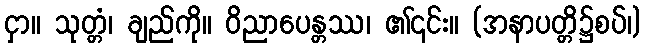
ငှာ။ သုတ္တံ၊ ချည်ကို။ ဝိညာပေန္တဿ၊ ၏၎င်း။ (အနာပတ္တိ၌စပ်၊)